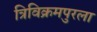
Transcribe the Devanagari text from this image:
त्रिविक्रमपुरला